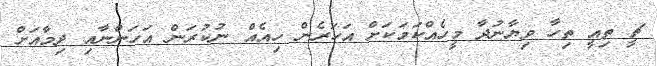
ޗީ ތިއީ ތިހާ ވިޔާނުދާ މީހެއްކަމަކަށް އަހަރެން ހިއެއް ނުކުރަން އަހަންނާއި ދިމާއަށް